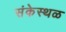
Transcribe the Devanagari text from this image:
संकेस्थळ